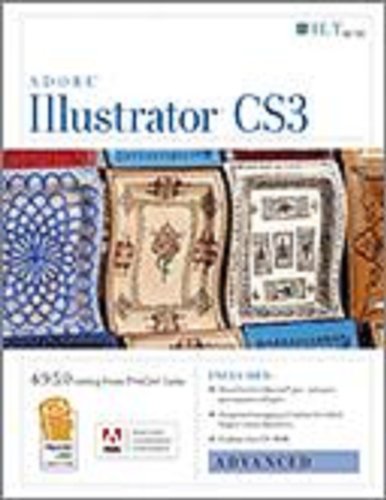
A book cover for Illustrator Cs3: Advanced, Ace Edition + Certblaster, Student Manual with Data (ILT); Axzo Press; Computers & Technology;